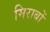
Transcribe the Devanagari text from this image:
मिराबों